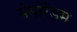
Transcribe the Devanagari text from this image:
मेमोरँडम